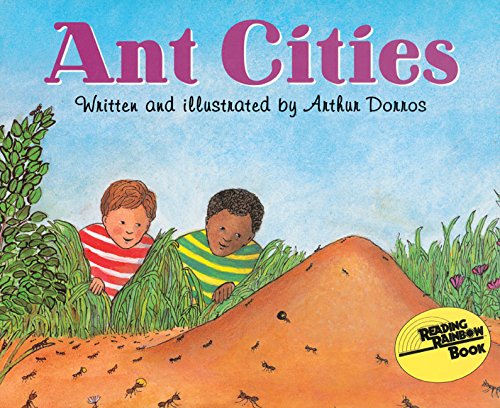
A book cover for Ant Cities (Lets Read and Find Out Books) (Let's-Read-and-Find-Out Science 2); Arthur Dorros; Children's Books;